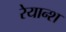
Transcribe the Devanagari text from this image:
रेयान्श